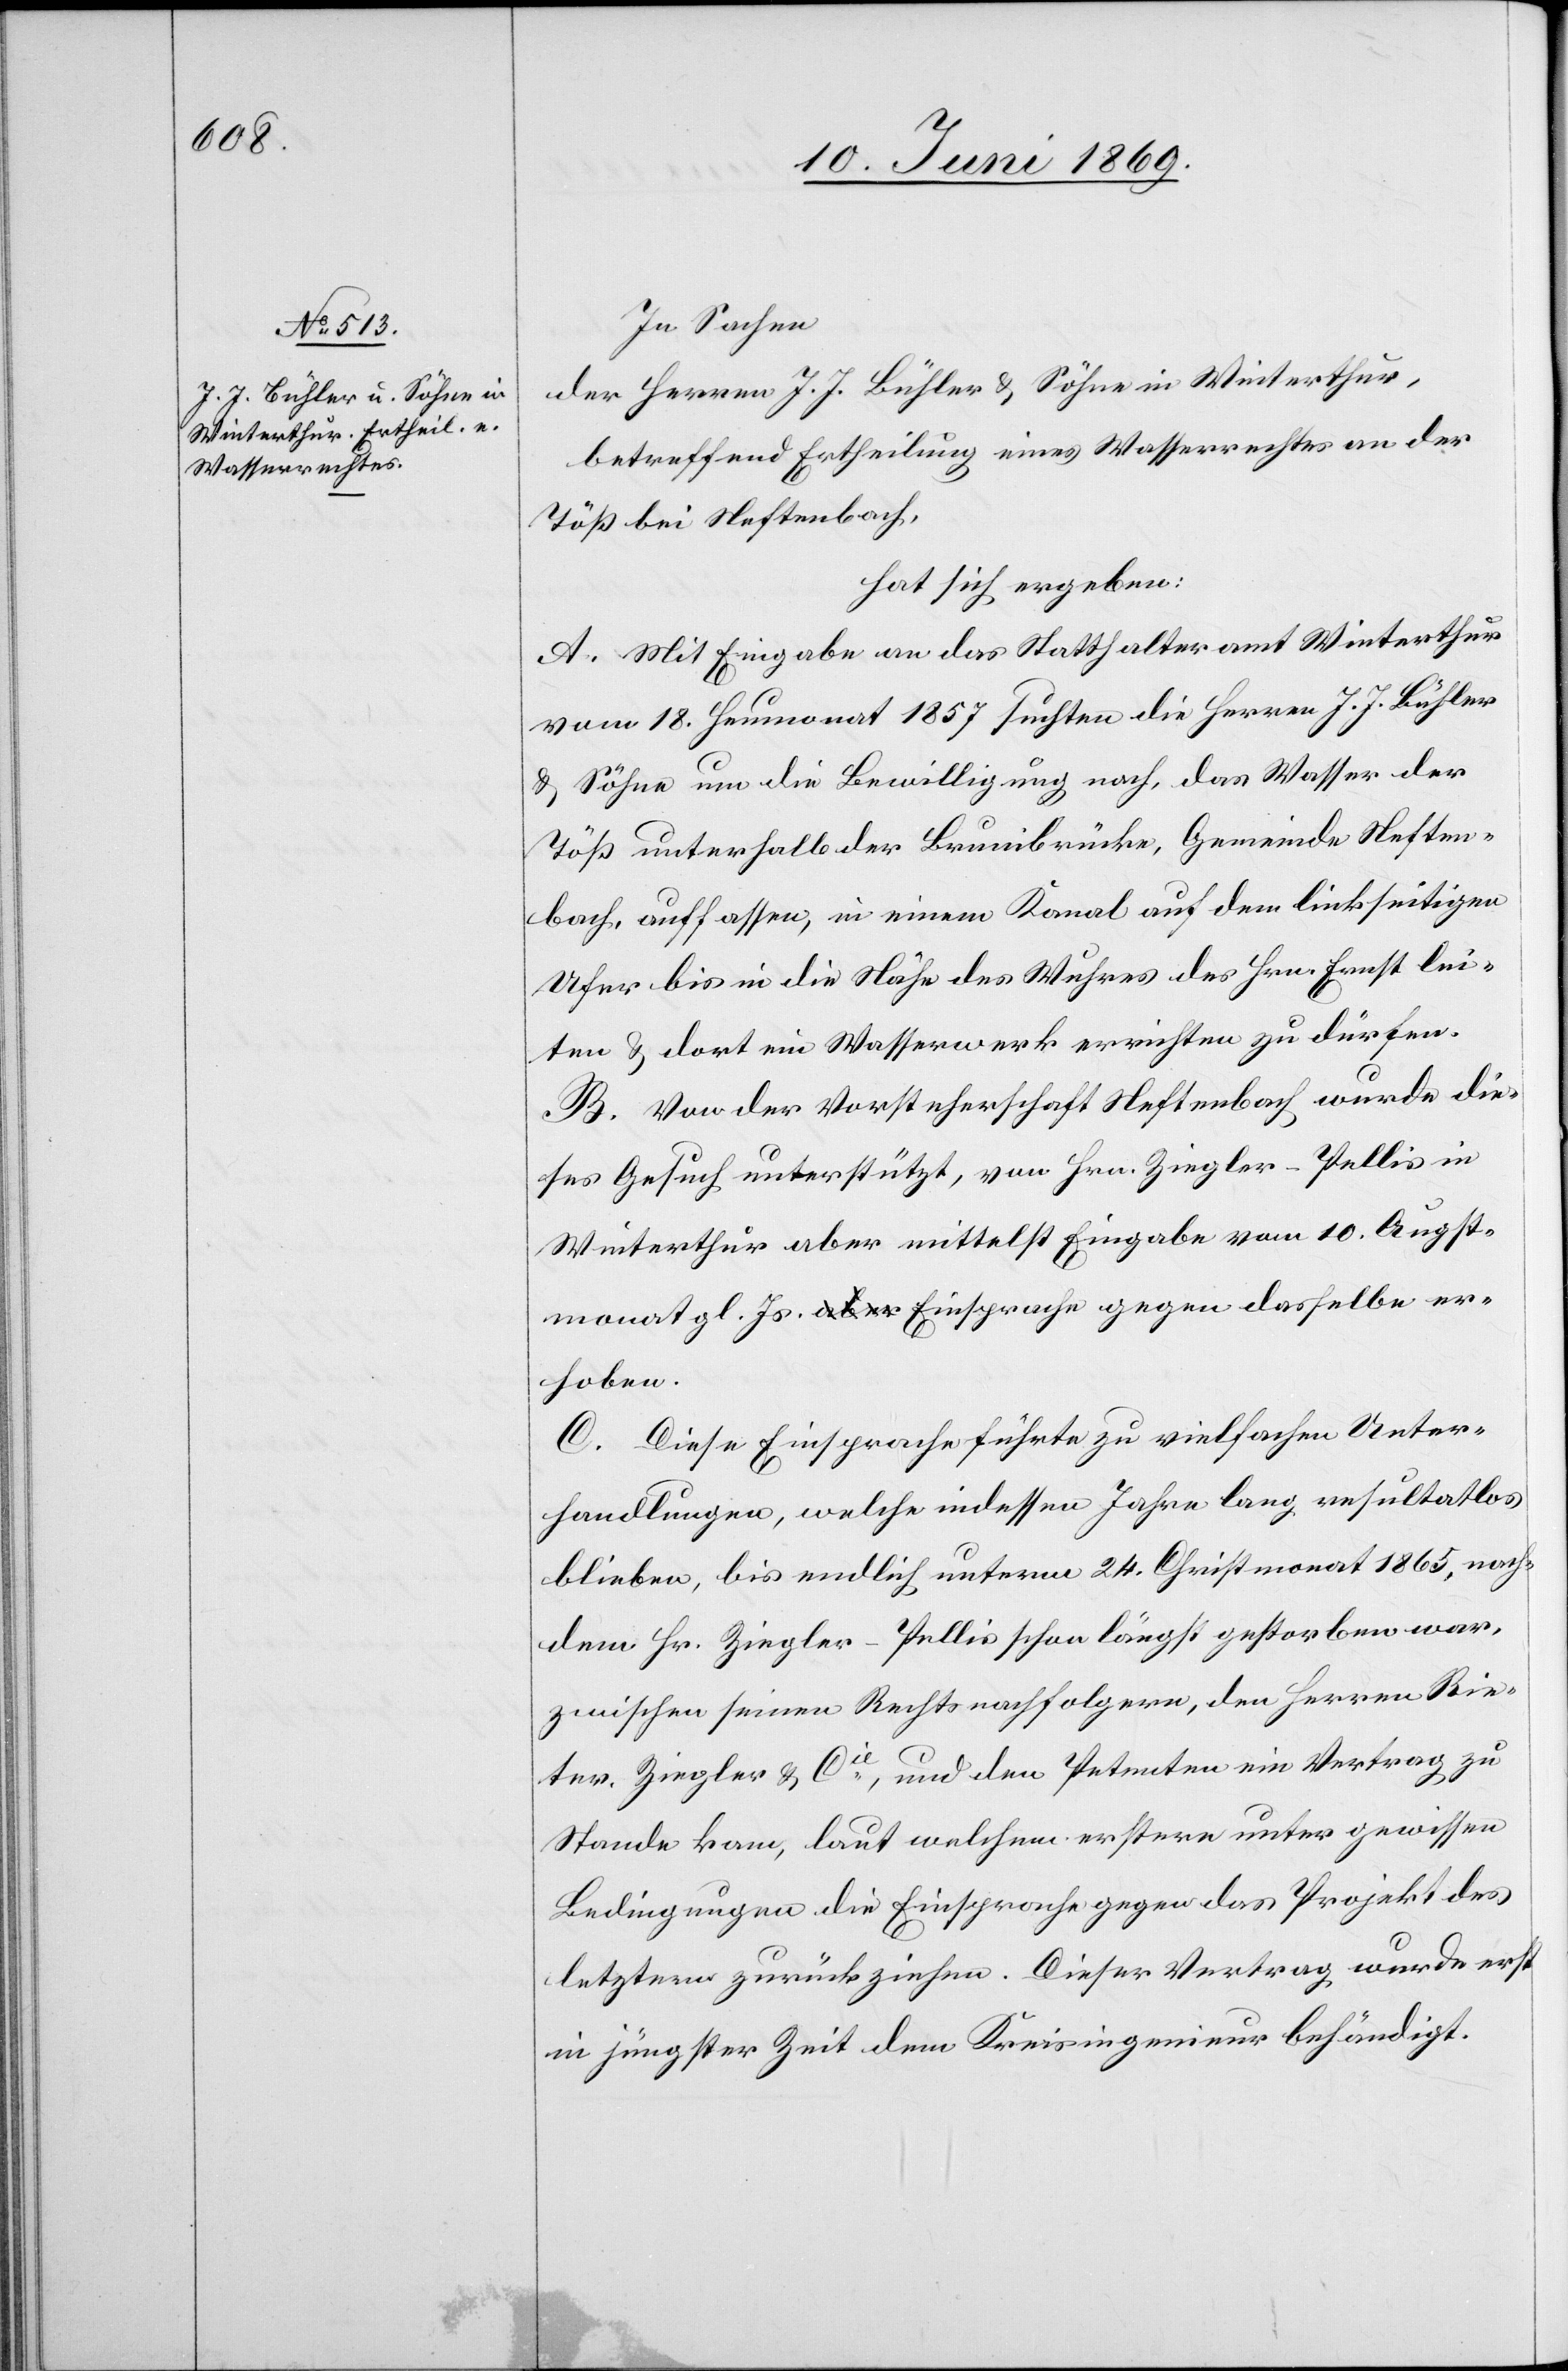
In Sachen
der Herren J. J. Bühler u. Söhne in Winterthur,
betreffend Ertheilung eines Wasserrechtes an der
Töß bei Neftenbach,
hat sich ergeben:
A. Mit Eingabe an das Statthalteramt Winterthur
vom 18. Heumonat 1857 suchten die Herren J. J. Bühler
u. Söhne um die Bewilligung nach, das Wasser der
Töß unterhalb der Brunibrücke, Gemeinde Neften¬
bach, auffassen, in einen Kanal des Hrn. Ernst leite¬
n, u. dort ein Wasserwerk errichten zu dürfen.
B. Von der Vorsteherschaft Neftenbach wurde die¬
ses Gesuch unterstützt, von Hrn. Ziegler-Pellis in
Winterthur aber mittelst Eingabe vom 10. Augst¬
monat gl. Js. Einsprache gegen dasselbe er¬
hoben.
C. Diese Einsprache führte zu vielfachen Unter¬
handlungen, welche indessen Jahre lang resultatlos
blieben, bis endlich unterm 24. Christmonat 1865, nach¬
dem Hr. Ziegler-Pellis schon längst gestorben war,
zwischen seinen Rechtsnachfolgern, den Herren Rie¬
ter, Ziegler u. Cie, und den Petenten ein Vertrag zu
Stande kam, laut welchem erstere unter gewissen
Bedingungen die Einsprache gegen das Projekt des
letztern zurückziehen. Dieser Vertrag wurde erst
in jüngster Zeit dem Kreisingenieur behändigt.